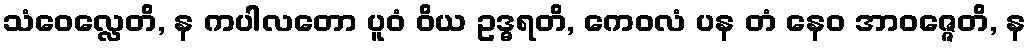
သံဝေလ္လေတိ, န ကပါလတော ပူဝံ ဝိယ ဥဒ္ဓရတိ, ကေဝလံ ပန တံ နေဝ အာဝဇ္ဇေတိ, န